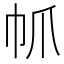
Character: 𢁬